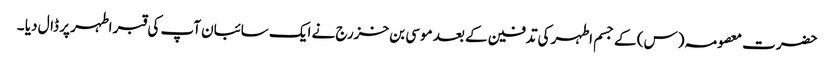
حضرت معصومہ (س) کے جسم اطہر کی تدفین کے بعد موسی بن خزرج نے ایک سائبان آپ کی قبر اطہر پر ڈال دیا ۔